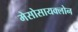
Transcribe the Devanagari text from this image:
मेसोसायक्लोन